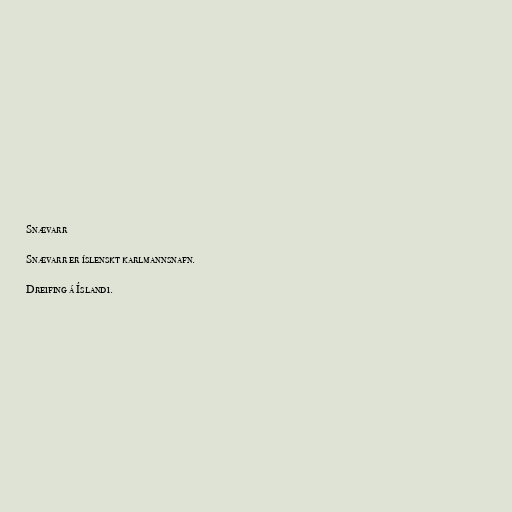
Snævarr

Snævarr er íslenskt karlmannsnafn.

Dreifing á Íslandi.